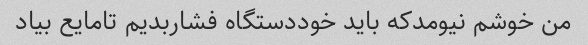
من خوشم نیومدکه باید خوددستگاه فشاربدیم تامایع بیاد